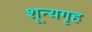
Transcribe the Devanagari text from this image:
शून्यगृह